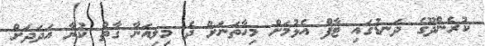
ކުރެންދޫގެ ދަނޑުގައި ޓާފް އެޅުމަށް މިހާތަނަށް ދެ މިލިއަނާ ގާތް ކުރާ އަދަދަށް